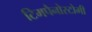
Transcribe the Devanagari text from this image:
टिमपैनोस्टोमी